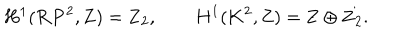
H ^ { 1 } ( { \bf R P } ^ { 2 } , { \bf Z } ) = { \bf Z } _ { 2 } , \qquad H ^ { 1 } ( { \bf K } ^ { 2 } , { \bf Z } ) = { \bf Z } \oplus { \bf Z } _ { 2 } .